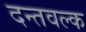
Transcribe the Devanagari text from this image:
दन्तवल्क